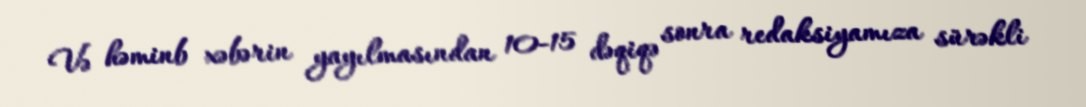
Və həminb xəbərin yayılmasından 10-15 dəqiqə sonra redaksiyamıza sürəkli